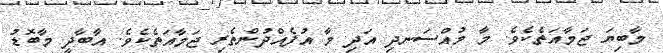
މާބިޔަ ޖަމާއަތެކެވެ. މާ މުއްސަނދި އަދި މާ އުފެއްދުންތެރި ޖަމާއަތެކެވެ. އާބާދީ މާބޮޑު